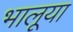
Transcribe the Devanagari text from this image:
भालूया